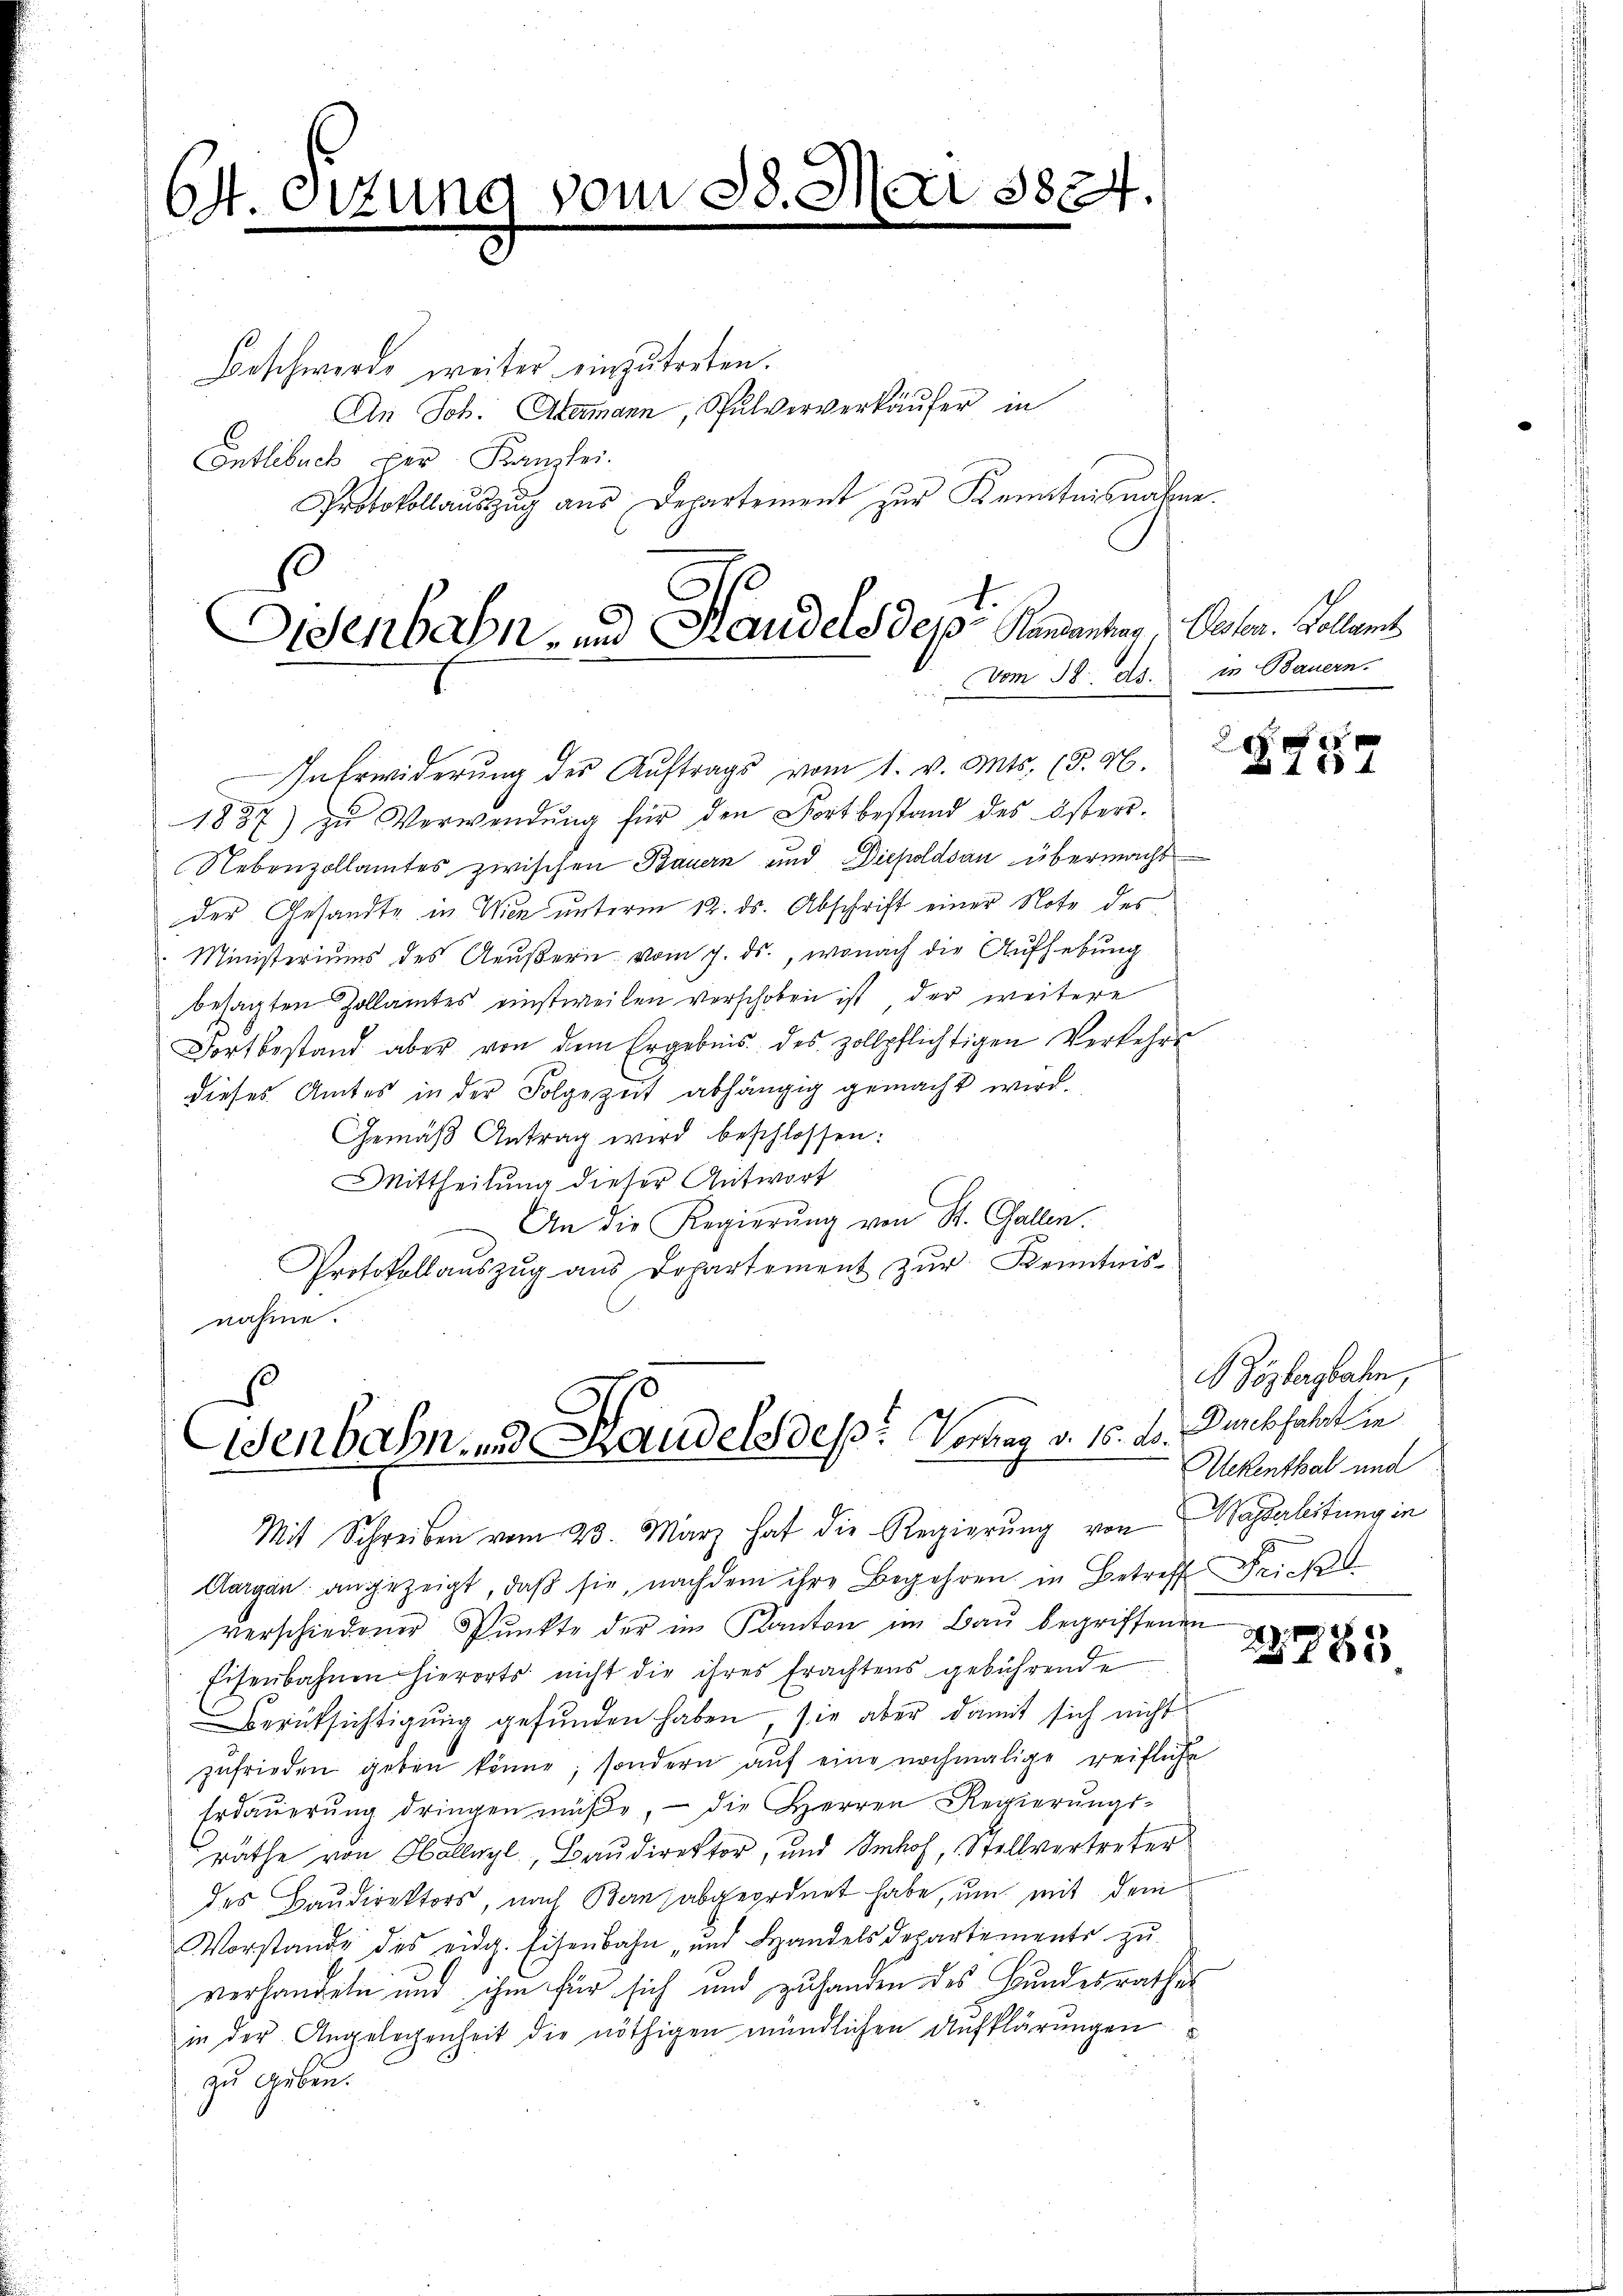
64. Sizung

vom 28. Mai 1884.

Beschwerde weiter einzutreten.
An Joh. Abermann, Schulververkäufer in
Entlebuch der Kanzlei.
Protokollauszug aus Departement zur Kenntnisnahme.
In Erwiderung des Auftrags vom 1. v. Mts. (§. H.
1887 zu Verwendŭng für den Fortbestand des öster-
Nebenzollamtes zwischen Bauern und Diepoldsau übermacht
der Gesandte in Wien unterm 12. ds. Abschrift einer Note des
Ministeriums des Aeußern vom 7. ds., wonach die Aufhebung
besagten Zollamtes einstweilen verschoben ist, der weitere
Fortbestand aber von dem Ergebnis des zollpflichtigen Verkehrs
dieses Amtes in der Folgezeit abhängig gemacht wird.
Gemäβ Antrag wird beschlossen:
Mittheilung dieser Antwort
An die Regierŭng von St. Gallen.
Protokollauszug aus Departement zur Kenntnis-
nahme.

Osenbahn- und Handels dep. Standenten Oeten. Sollen

.
Venbahn und Handels des Vortrag v. 16. ds.

vom 18. ds. in Bauern.

Mit Schreiben vom 23. März hat die Regierŭng von Wasserleitung in
Aargau angezeigt, daβ sie, nachdem ihre Begehren in Betreff Frick
verschiedener Punkte der im Kanton im Bau begriffenen
Eisenbahnen hierorts nicht die ihres Erachtens gebührende
Berücksichtigung gefunden haben, sie aber damit sich nicht
zufrieden geben könne, sondern auf eine nochmalige reifliche
Erdaŭerŭng dringen müße, - die Herren Regierŭngs-
räthe von Hollyl, Baudirektor, und Imhof, Stellvertreter
des Baudirektors, nach Bern abgeordnet habe, um mit dem
Vorstande des eidg. Eisenbahn- und Bandels departemente zŭ
verhandeln und ihm für sich und zuhanden des Bundesrathes
in der Angelegenheit die nöthigen mündlichen Aufklärungen
zu geben.

288 f

özbergbahn,
Durchfahrt hie
Mekenthal und

22785